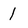
Character: 1